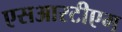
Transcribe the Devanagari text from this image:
एसआरटीएम